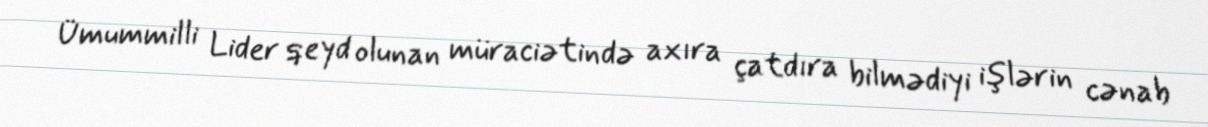
Ümummilli Lider qeyd olunan müraciətində axıra çatdıra bilmədiyi işlərin cənab